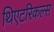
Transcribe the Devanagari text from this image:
थिएटरिकल्स